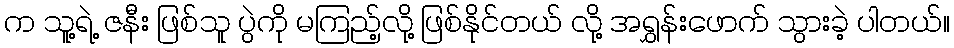
က သူ့ရဲ့ ဇနီး ဖြစ်သူ ပွဲကို မကြည့်လို့ ဖြစ်နိုင်တယ် လို့ အရွှန်းဖောက် သွားခဲ့ ပါတယ်။